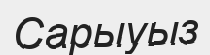
Сарыуыз